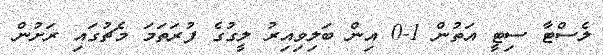
ލެސްޓާ ސިޓީ އަތުން 1-0 އިން ބަލިވިއިރު ލީގުގެ ފުރަތަމަ މެޗުގައި ރަށުން